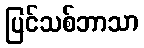
ပြင်သစ်ဘာသာ